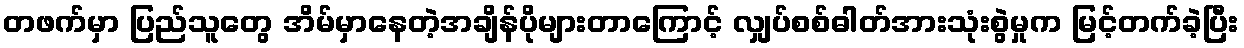
တဖက်မှာ ပြည်သူတွေ အိမ်မှာနေတဲ့အချိန်ပိုများတာကြောင့် လျှပ်စစ်ဓါတ်အားသုံးစွဲမှုက မြင့်တက်ခဲ့ပြီး